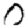
Digit: 0